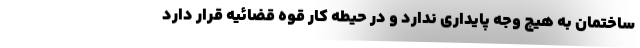
ساختمان به هیچ وجه پایداری ندارد و در حیطه کار قوه قضائیه قرار دارد